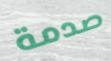
صدمة